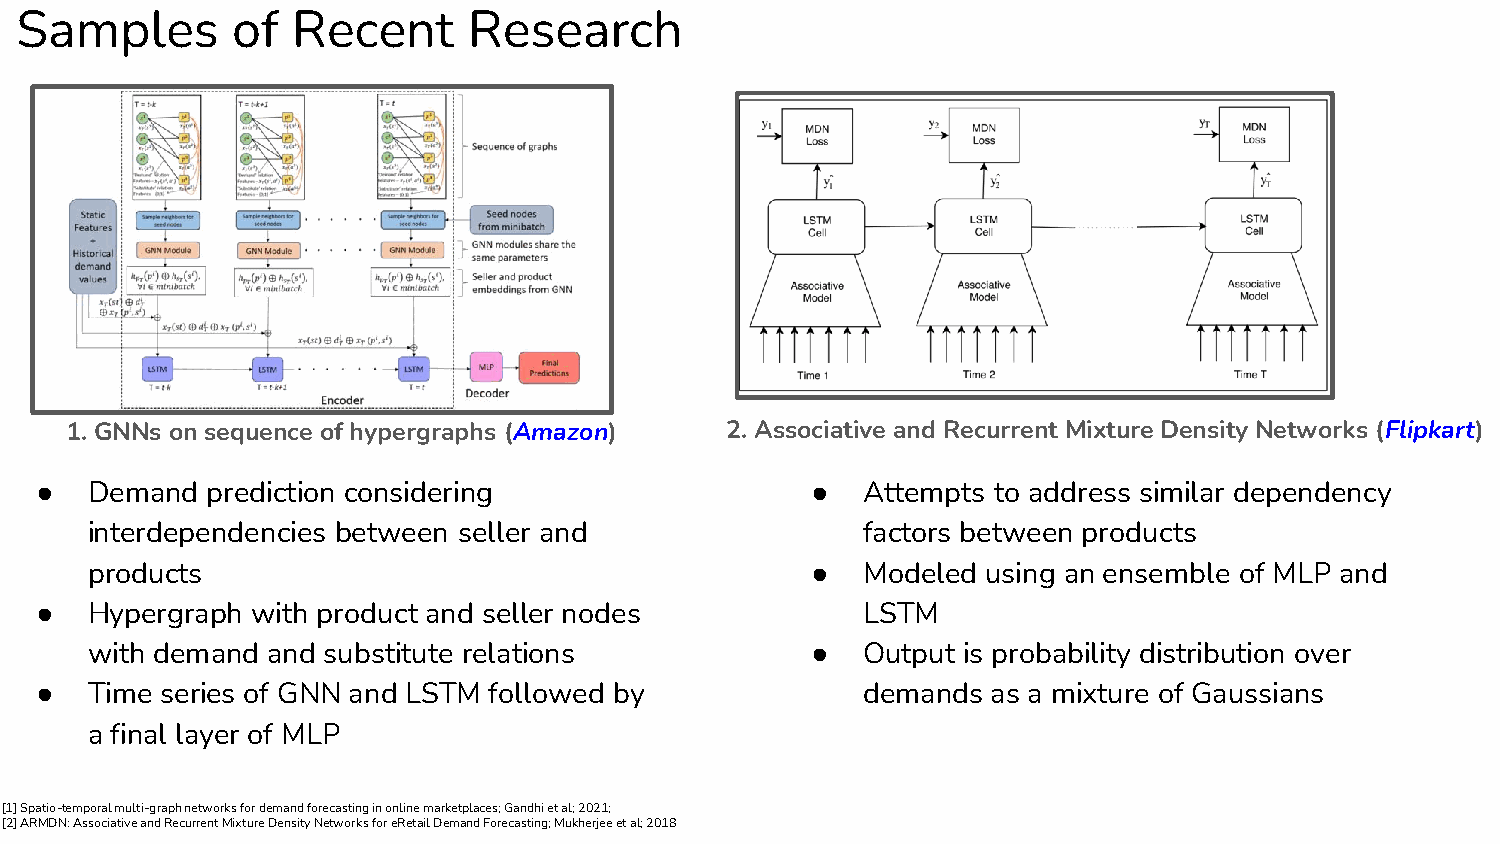
Samples       of  Recent      Research
 1. GNNs on sequence of hypergraphs (Amazon) 2. Associative and Recurrent Mixture Density Networks (Flipkart)
 ●   Demand  prediction considering                  ●  Attempts to address similar dependency
 interdependencies between seller and               factors between products
 products                                        ●  Modeled using an ensemble of MLP and
 ●   Hypergraph with product and seller nodes           LSTM
 with demand and substitute relations            ●  Output is probability distribution over
 ●   Time series of GNN and LSTM followed by            demands  as a mixture of Gaussians
 a final layer of MLP
 [1] Spatio-temporal multi-graph networks for demand forecasting in online marketplaces; Gandhi et al; 2021;
 [2] ARMDN: Associative and Recurrent Mixture Density Networks for eRetail Demand Forecasting; Mukherjee et al; 2018